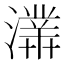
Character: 𤀾